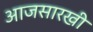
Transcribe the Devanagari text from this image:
आजसारखी